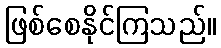
ဖြစ်စေနိုင်ကြသည်။